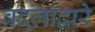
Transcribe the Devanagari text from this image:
बदलांद्वारे